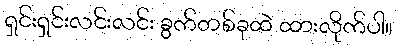
ရှင်းရှင်းလင်းလင်း ခွက်တစ်ခုထဲ ထားလိုက်ပါ။